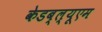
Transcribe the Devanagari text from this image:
केडब्ल्यूएम